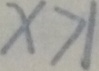
x > 1